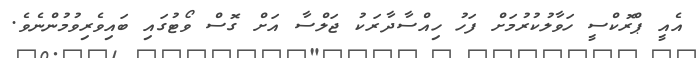
އެއީ ޕްރޮކްސީ ހަވާލުކުރުމަށް ފަހު ހިއްސާދާރަކު ޖަލްސާ އަށް ގޮސް ވޯޓުގައި ބައިވެރިވުމުންނެވެ.